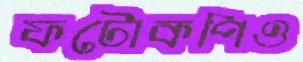
ফটোকপিও